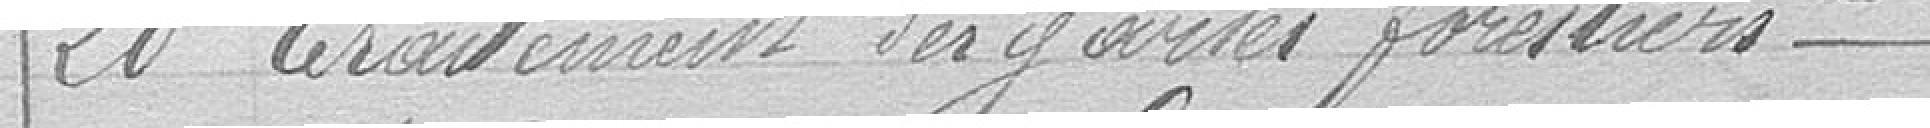
20 traitement des gardes forestiers